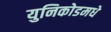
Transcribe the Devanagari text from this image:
युनिकोडमधे